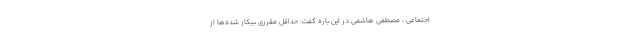
اجتماعی ، مصطفی هاشمی در این باره گفت: حداقل مقرری بیکار شده‌ها از